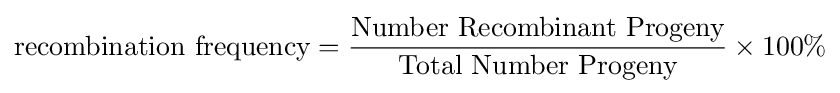
{\text{recombination frequency}}={\frac {\text{Number Recombinant Progeny}}{\text{Total Number Progeny}}}\times 100\%